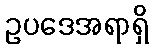
ဥပဒေအရာရှိ